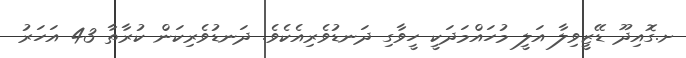
ށ.ގޮއިދޫ ޑޭޒީވިލާ އަލީ މުހައްމަދަކީ ހީވާގި ދަނޑުވެރިއެކެވެ. ދަނޑުވެރިކަން ކުރާތާ 43 އަހަރު